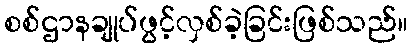
စစ်ဌာနချုပ်ဖွင့်လှစ်ခဲ့ခြင်းဖြစ်သည်။